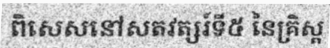
ពិសេសនៅសតវត្សរ៍ទី៥ នៃគ្រិស្ត